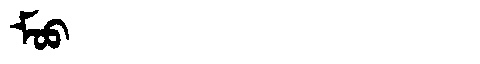
Manchu: ᠮᠣᠣ
Romanization: MOO